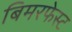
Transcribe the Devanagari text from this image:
बिमरफेस्ट